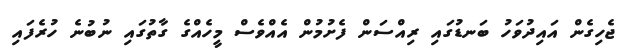
ޖެހިގެން އައިދުވަހު ބަނޑުގައި ރިއްސަން ފެށުމުން އެއްވެސް މީހެއްގެ ގާތުގައި ނުބުނެ ހުރެފައި